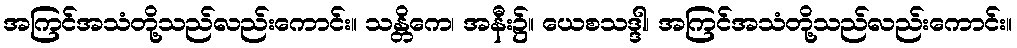
အကြင်အသံတို့သည်လည်းကောင်း။ သန္တိကေ၊ အနီး၌။ ယေစသဒ္ဒါ၊ အကြင်အသံတို့သည်လည်းကောင်း။